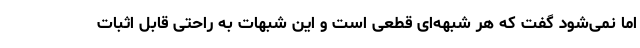
اما نمی‌شود گفت که هر شبهه‌ای قطعی است و این شبهات به راحتی قابل اثبات